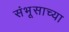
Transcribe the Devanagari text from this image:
संभूसाच्या